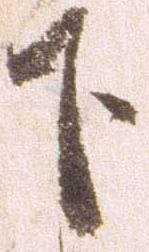
下